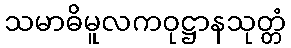
သမာဓိမူလကဝုဋ္ဌာနသုတ္တံ